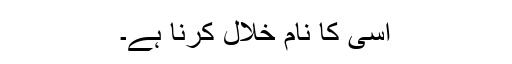
اسی کا نام خلال کرنا ہے۔